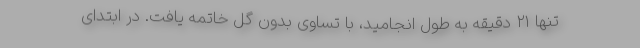
تنها ۲۱ دقیقه به طول انجامید، با تساوی بدون گل خاتمه یافت. در ابتدای